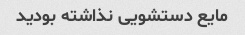
مایع دستشویی نذاشته بودید